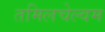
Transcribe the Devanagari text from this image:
तमिलचेल्वम